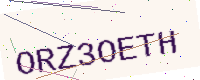
Text: ORZ3OETH